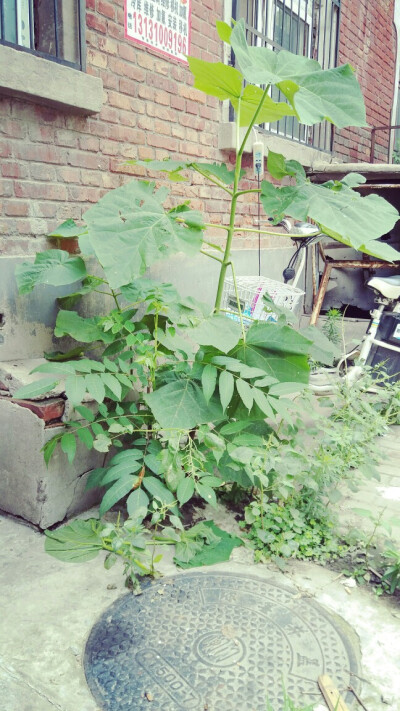
永丰西角荒园里，尽日无人属阿谁。